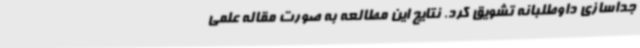
جداسازی داوطلبانه تشویق کرد. نتایج این مطالعه به صورت مقاله علمی